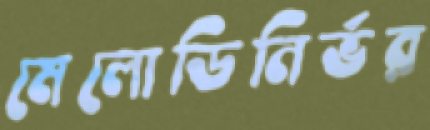
মেলোডিনির্ভর